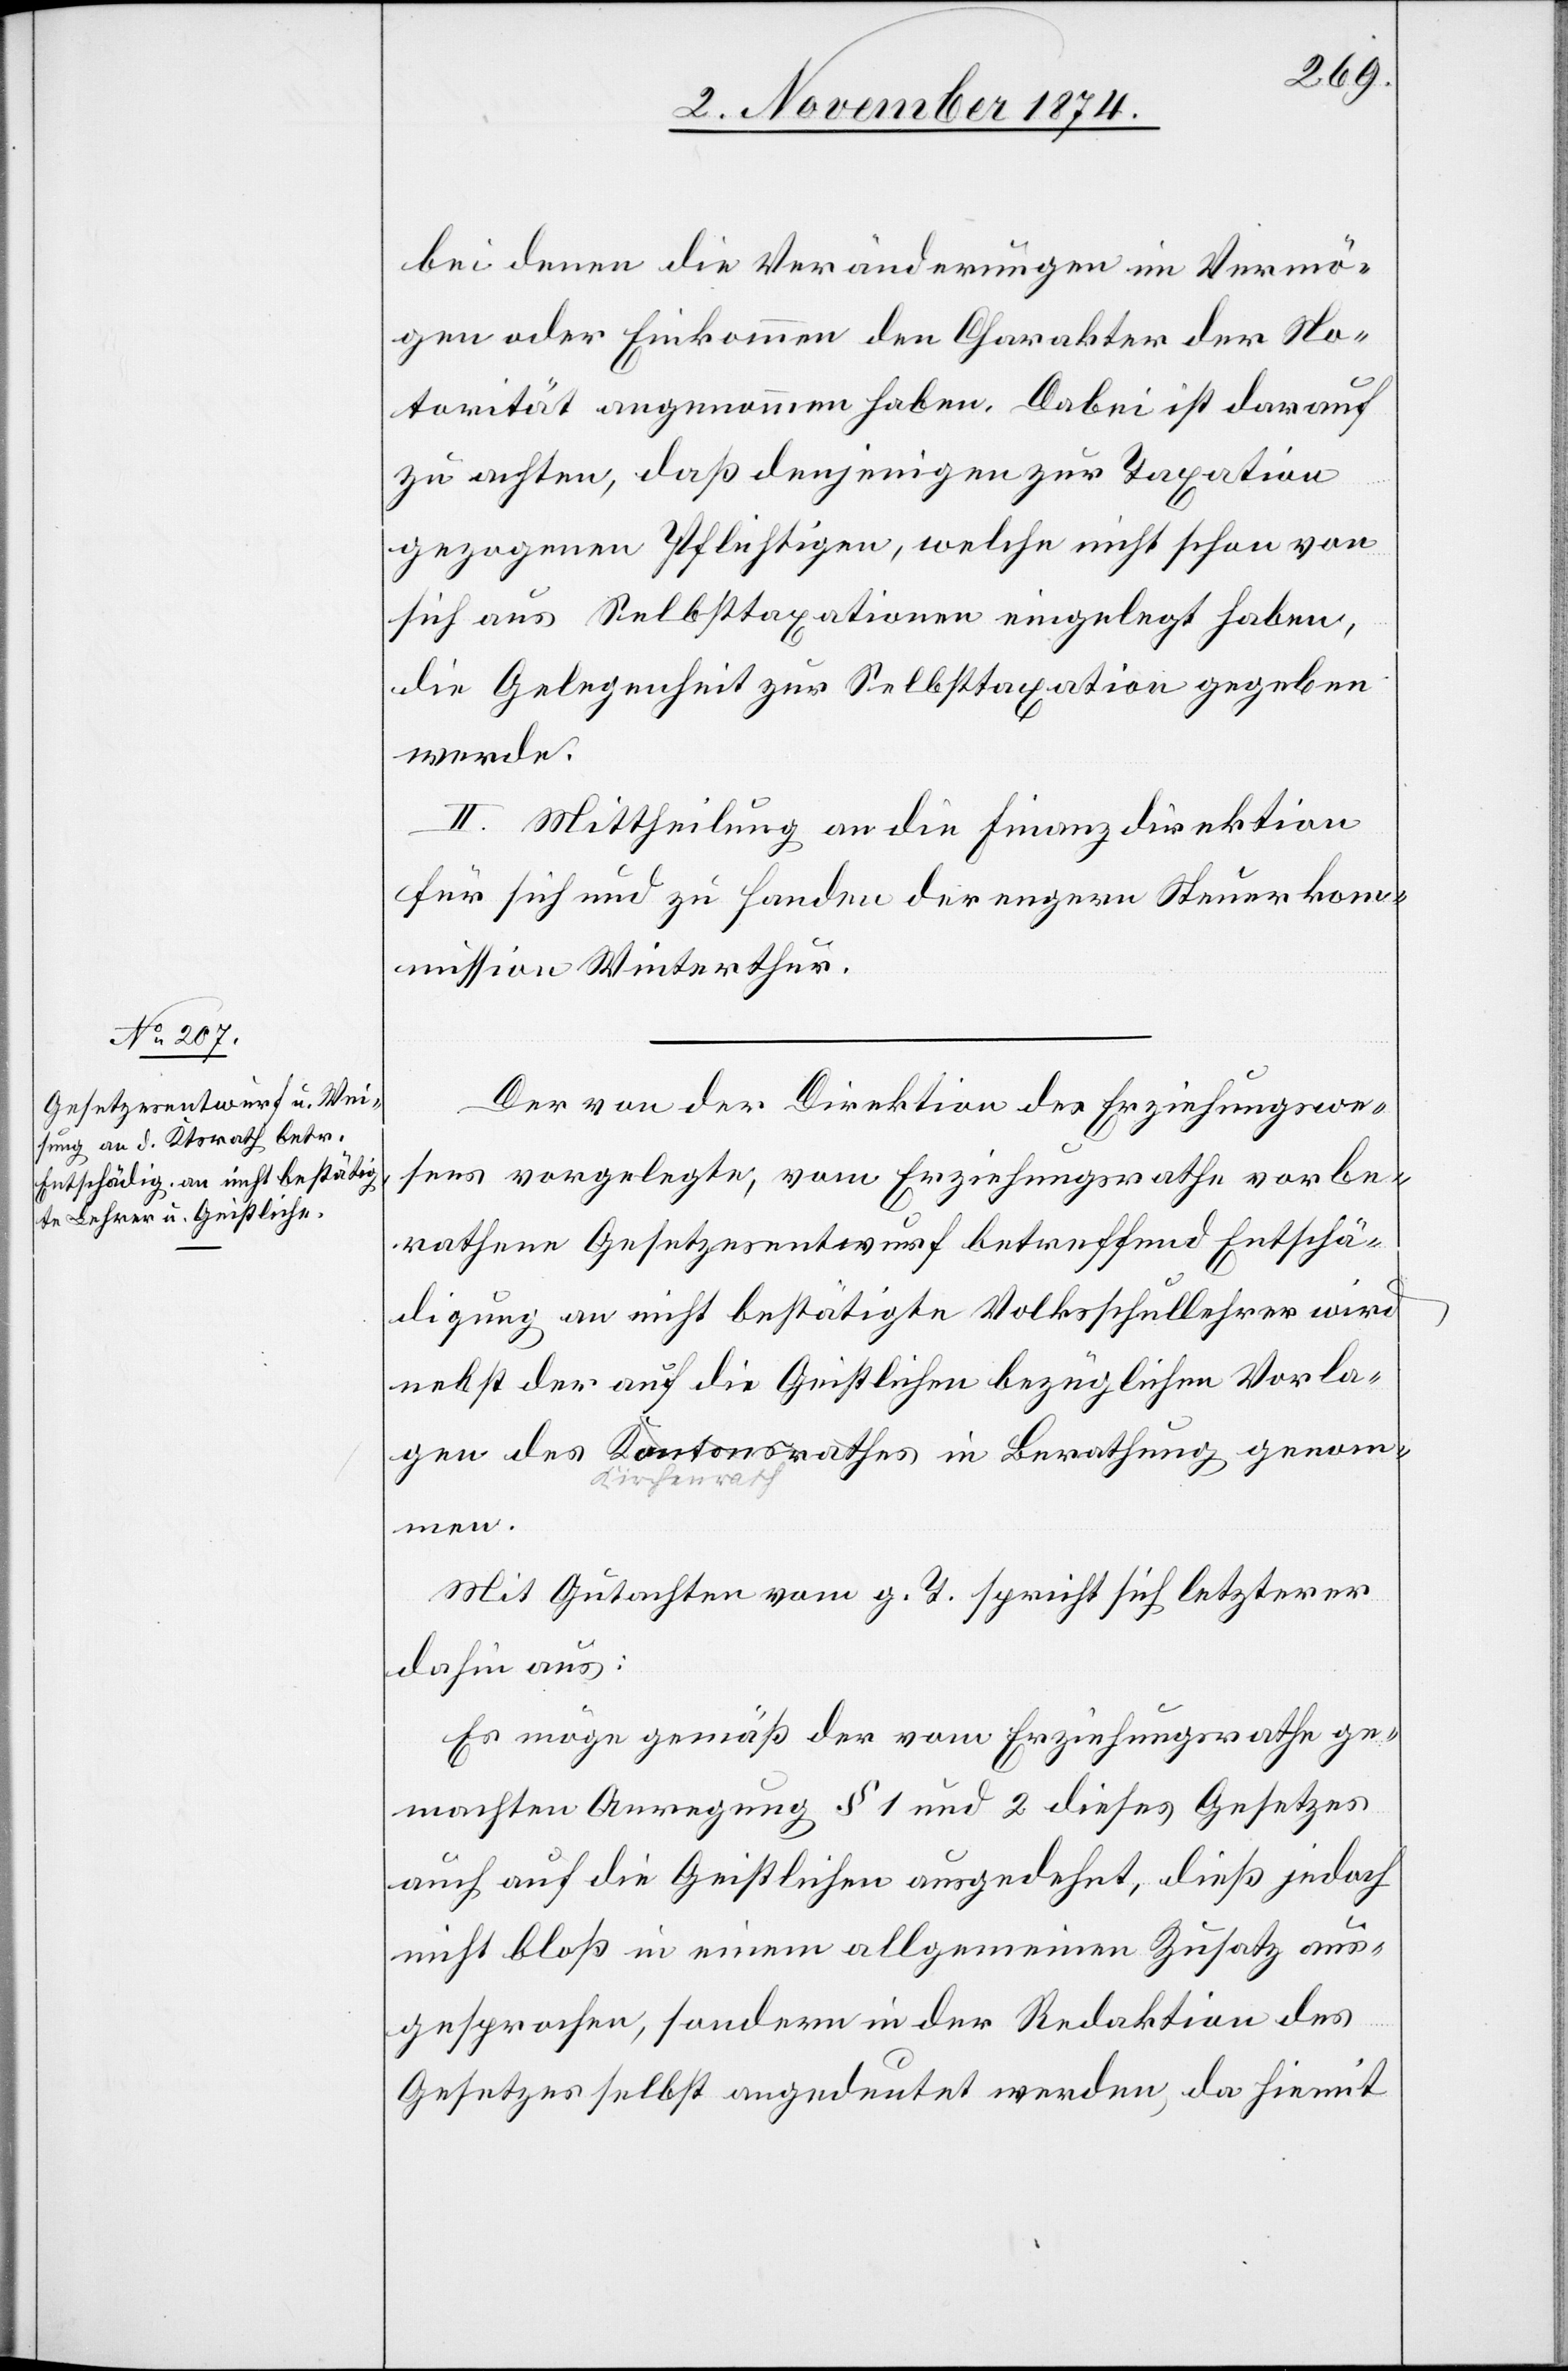
bei denen die Veränderungen im Vermö¬
gen oder Einkommen den Charakter der No¬
torität angenommen haben. Dabei ist darauf
zu achten, daß denjenigen zur Taxation
gezogenen Pflichtigen, welche nicht schon von
sich aus Selbsttaxationen eingelegt haben,
die Gelegenheit zur Selbsttaxation gegeben
werde.
II. Mittheilung an die Finanzdirektion
für sich und zu Handen der engern Steuerkom¬
mission Winterthur.
Der von der Direktion des Erziehungswe¬
sens vorgelegte, vom Erziehungsrathe vorbe¬
rathene Gesetzesentwurf betreffend Entschä¬
digung an nicht bestätigte Volksschullehrer wird
nebst der auf die Geistlichen bezüglichen Vorla¬
gen
Mit Gutachten vom g. T. spricht sich letzterer
dahin aus:
Es möge gemäß der vom Erziehungsrathe ge¬
machten Anregung § 1 und 2 dieses Gesetzes
auch auf die Geistlichen ausgedehnt, dieß jedoch
nicht bloß in einem allgemeinen Zusatz aus¬
gesprochen, sondern in der Redaktion des
Gesetzes selbst angedeutet werden, da hiemit